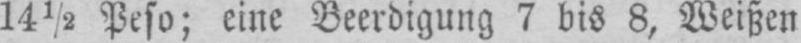
14½ Peso; eine Beerdigung 7 bis 8, Weißen